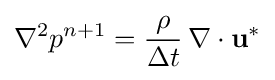
\nabla ^{2}p^{n+1}={\frac {\rho }{\Delta t}}\,\nabla \cdot \mathbf {u} ^{*}